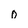
Character: 0